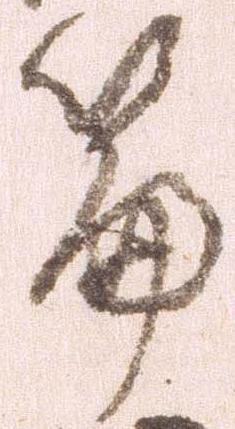
篇